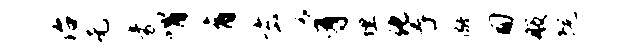
治无豪喟育玄豸埋化舂儆匍般院